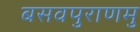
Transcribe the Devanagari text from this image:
बसवपुराणमु